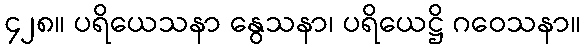
၄၂၈။ ပရိယေသနာ နွေသနာ၊ ပရိယေဋ္ဌိ ဂဝေသနာ။